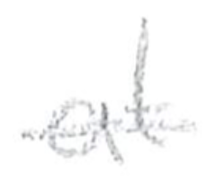
Text: at
Cross-out: single-line
Writing tool: pencil